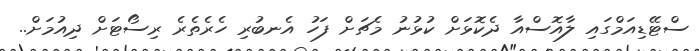
ސްޓޭޑިއަމްގައި ލާއޮސްއާ ދެކޮޅަށް ކުޅުނު މެޗަށް ފަހު އެނބުރި ހެރެތެރެ ރިސޯޓަށް ދިއުމަށް..